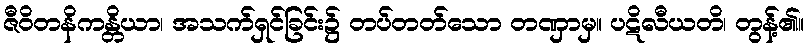
ဇီဝိတနိကန္တိယာ၊ အသက်ရှင်ခြင်း၌ တပ်တတ်သော တဏှာမှ။ ပဋိလီယတိ၊ တွန့်၏။